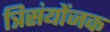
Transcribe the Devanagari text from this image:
त्रिसंयोंजक